Report on sanitation, dispensaries, and jails in Rajputana for 1914, and on vaccination for the year 1914-1915 - 1914-1915
Year: 1914
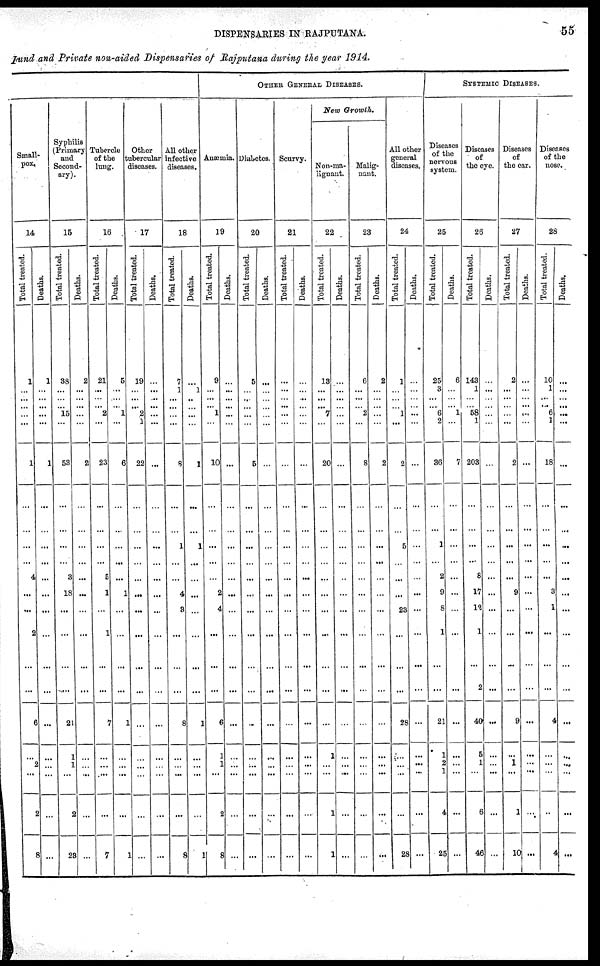
DISPENSARIES IN RAJPUTANA.
55
Fund and Private non-aided Dispensaries of Rajputana during the year 1914.
Small-
pox.
14
Total treated.
1
...
...
...
... ...
1
...
...
...
4
...
...
2
...
...
6
...
2
...
2
8
Deaths.
1
...
...
...
...
...
1
...
...
...
...
...
...
...
...
...
...
...
...
...
...
...
Syphilis
(Primary
and
Second-
ary).
15
Total treated.
38
...
...
... 15
...
53
...
...
...
3
18
...
...
...
...
21
1
1
...
2
28
Deaths.
2
...
...
...
...
...
2
...
...
...
...
...
...
...
...
...
...
...
...
...
...
Tubercle
of the
lung.
16
Total treated.
21
...
...
... 2
...
23
...
...
...
5
1
...
1
...
...
7
...
...
...
...
7
Deaths.
5
...
...
... 1
...
6
...
...
...
...
1
...
...
...
...
1
...
...
...
...
Other
tubercular
diseases.
17
Total treated.
19
...
...
... 2
1
22
...
...
...
...
...
...
...
...
...
...
...
...
...
...
i ...
Deaths.
...
...
...
...
...
...
...
...
...
...
...
...
...
...
...
...
...
...
...
...
...
...
All other
infective
diseases.
18
Total treated.
7
1
...
...
...
...
8
...
1
...
...
4
3
...
...
...
8
...
...
...
...
8
Deaths.
...
1
..
...
...
...
1
...
1
...
...
...
...
...
...
...
1
...
...
...
...
1
OTHER GENERAL DISEASES.
Anæmia.
19
Total treated.
9
...
...
... 1
...
10
...
...
...
...
2
4
...
...
...
6
1
1
...
2
8
Deaths.
...
...
...
...
...
...
...
...
...
...
...
...
...
...
...
...
...
...
...
...
...
...
Diabetes.
20
Total treated.
5
...
...
...
...
...
5
...
...
...
...
...
...
...
...
...
...
...
...
...
...
...
Deaths.
...
...
...
...
...
...
...
...
...
...
...
...
...
...
...
...
...
...
...
...
...
...
Scurvy.
21
Total treated.
...
...
...
...
...
...
...
...
...
...
...
...
...
...
...
...
...
...
...
...
...
...
Deaths.
...
...
...
...
...
...
...
...
...
...
...
...
...
...
...
...
...
...
...
...
...
...
New Growth.
Non-ma-
lignant.
22
Total treated.
13
...
...
... 7
...
20
...
...
...
...
...
...
...
...
...
...
1
...
...
1
1
Deaths.
...
...
...
...
...
...
...
...
...
...
...
...
...
...
...
...
...
...
...
...
...
...
Malig-
nant.
23
Total treated.
6
...
...
... 2
...
8
...
...
...
...
...
...
...
...
...
...
...
...
...
...
Deaths.
2
...
...
...
...
...
2
...
...
...
...
...
...
...
...
...
...
...
...
...
...
...
All other
general
diseases.
24
Total treated.
1
...
...
... 1
...
2
...
5
...
...
...
23
...
...
...
28
...
...
...
...
28
Deaths.
...
...
...
...
...
...
...
...
...
...
...
...
...
...
...
...
...
...
...
...
...
...
SYSTEMIC DISEASES.
Diseases
of the
nervous
system.
25
Total treated.
25
3
...
... 6
2
36
...
1
...
2
9
8
1
...
...
21
1
2
1
4
25
Deaths.
6
...
...
... 1
...
7
...
...
...
...
...
...
...
...
...
...
...
...
...
...
...
Diseases
of
the eye.
26
Total treated.
143
1
...
... 58
1
203
...
...
...
8
17
12
1
...
2
40
5
1
...
6
46
Deaths.
...
...
...
...
...
...
...
...
...
...
...
...
...
...
...
...
...
...
...
...
...
...
Diseases
of
the ear.
27
Total treated.
2
...
...
...
...
...
2
...
...
...
...
9
...
...
...
...
9
...
1
...
1
10
Deaths.
...
...
...
...
...
...
...
...
...
...
...
...
...
...
...
...
...
...
...
...
...
...
Diseases
of the
nose.
28
Total treated.
10
1
...
... 6
1
18
...
...
...
...
3
1
...
...
...
4
...
...
...
...
4
Deaths.
...
...
...
...
...
...
...
...
...
...
...
...
...
...
...
...
...
...
...
...
...
...